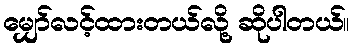
မျှော်လင့်ထားတယ်လို့ ဆိုပါတယ်။